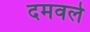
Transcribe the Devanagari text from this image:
दमवले